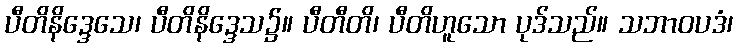
ပီတိနိဒ္ဒေသေ၊ ပီတိနိဒ္ဒေသ၌။ ပီတီတိ၊ ပီတိဟူသော ပုဒ်သည်။ သဘာဝပဒံ၊